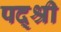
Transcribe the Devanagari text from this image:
पद्श्री